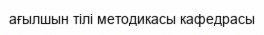
ағылшын тілі методикасы кафедрасы